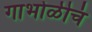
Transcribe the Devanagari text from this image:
गाभोळीचं